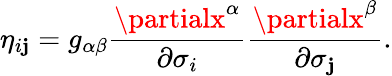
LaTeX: \eta_{i\mathbf{j}}=g_{\alpha\beta}\frac{{\partialx^{\alpha}}}{{\partial\sigma_{i}}}\frac{{\partialx^{\beta}}}{{\partial\sigma_{\mathbf{j}}}}.